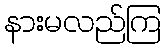
နားမလည်ကြ